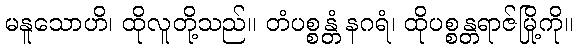
မနူသောဟိ၊ ထိုလူတို့သည်။ တံပစ္စန္တံ နဂရံ၊ ထိုပစ္စန္တရာဇ်မြို့ကို။